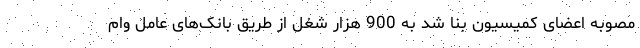
مصوبه اعضای کمیسیون بنا شد به 900 هزار شغل از طریق بانک‌های عامل وام